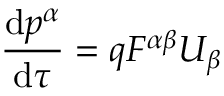
{ \frac { \mathrm { d } p ^ { \alpha } } { \mathrm { d } \tau } } = q F ^ { \alpha \beta } U _ { \beta }